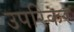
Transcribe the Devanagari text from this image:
उपरिकर